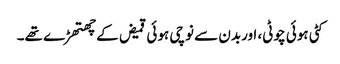
کٹی ہوئی چوٹی، اوربدن سے نوچی ہوئی قمیض کے چھتھڑے تھے۔